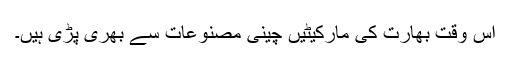
اس وقت بھارت کی مارکیٹیں چینی مصنوعات سے بھری پڑی ہیں۔